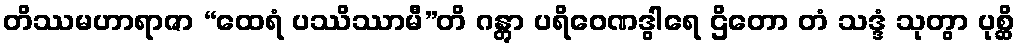
တိဿမဟာရာဇာ “ထေရံ ပဿိဿာမီ”တိ ဂန္တွာ ပရိဝေဏဒွါရေ ဌိတော တံ သဒ္ဒံ သုတွာ ပုစ္ဆိ